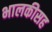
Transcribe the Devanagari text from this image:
भालकीसह